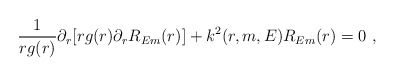
\begin{align*}\frac{1}{rg(r)} \partial_r [ r g(r) \partial_r R_{Em}(r)] +k^2 (r,m,E) R_{Em}(r) = 0~,\end{align*}